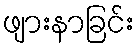
ဖျားနာခြင်း